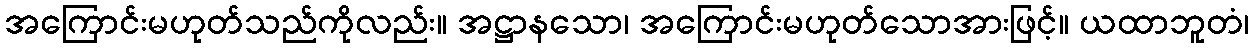
အကြောင်းမဟုတ်သည်ကိုလည်း။ အဋ္ဌာနသော၊ အကြောင်းမဟုတ်သောအားဖြင့်။ ယထာဘူတံ၊